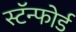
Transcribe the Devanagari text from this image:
स्टॅन्फोर्ड